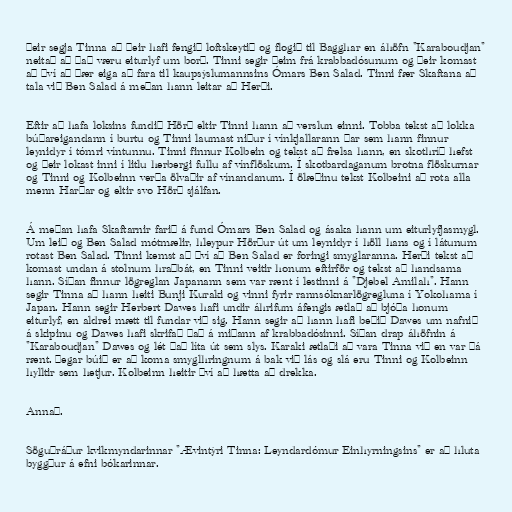
Þeir segja Tinna að þeir hafi fengið loftskeytið og flogið til Bagghar en áhöfn "Karaboudjan"
neitað að það væru eiturlyf um borð. Tinni segir þeim frá krabbadósunum og þeir komast
að því að þær eiga að fara til kaupsýslumannsins Ómars Ben Salad. Tinni fær Skaftana að
tala við Ben Salad á meðan hann leitar að Herði.

Eftir að hafa loksins fundið Hörð eltir Tinni hann að verslun einni. Tobba tekst að lokka
búðareigandann í burtu og Tinni laumast niður í vínkjallarann þar sem hann finnur
leynidyr í tómri víntunnu. Tinni finnur Kolbein og tekst að frelsa hann, en skothríð hefst
og þeir lokast inni í litlu herbergi fullu af vínflöskum. Í skotbardaganum brotna flöskurnar
og Tinni og Kolbeinn verða ölvaðir af vínandanum. Í ölæðinu tekst Kolbeini að rota alla
menn Harðar og eltir svo Hörð sjálfan.

Á meðan hafa Skaftarnir farið á fund Ómars Ben Salad og ásaka hann um eiturlyfjasmygl.
Um leið og Ben Salad mótmælir, hleypur Hörður út um leynidyr í höll hans og í látunum
rotast Ben Salad. Tinni kemst að því að Ben Salad er foringi smyglaranna. Herði tekst að
komast undan á stolnum hraðbát, en Tinni veitir honum eftirför og tekst að handsama
hann. Síðan finnur lögreglan Japanann sem var rænt í lestinni á "Djebel Amilah". Hann
segir Tinna að hann heiti Bunji Kuraki og vinni fyrir rannsóknarlögregluna í Yokohama í
Japan. Hann segir Herbert Dawes hafi undir áhrifum áfengis ætlað að bjóða honum
eiturlyf, en aldrei mætt til fundar við sig. Hann segir að hann hafi beðið Dawes um nafnið
á skipinu og Dawes hafi skrifað það á miðann af krabbadósinni. Síðan drap áhöfnin á
"Karaboudjan" Dawes og lét það líta út sem slys. Karaki ætlaði að vara Tinna við en var þá
rænt. Þegar búið er að koma smyglhringnum á bak við lás og slá eru Tinni og Kolbeinn
hylltir sem hetjur. Kolbeinn heitir því að hætta að drekka.

Annað.

Söguþráður kvikmyndarinnar "Ævintýri Tinna: Leyndardómur Einhyrningsins" er að hluta
byggður á efni bókarinnar.